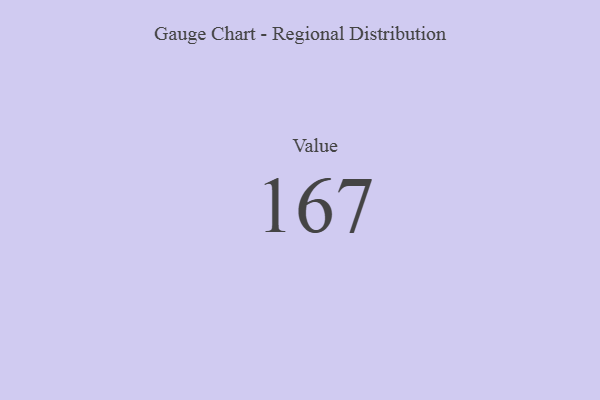
{"axis": {"x": "Metric", "y": "Value"}, "legend": [""], "data": [{"x": "Value", "y": 167, "type": ""}]}